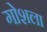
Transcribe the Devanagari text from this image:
गोशला